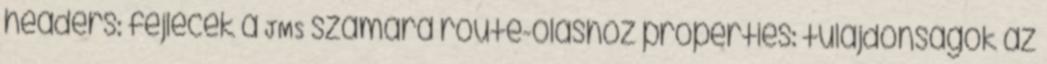
headers: fejlécek a JMS számára route-oláshoz properties: tulajdonságok az